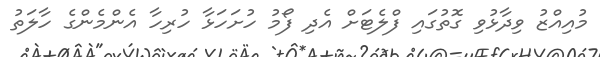
މުއިއްޒު ވިދާޅުވި ގޮތުގައި ފްލެޓަށް އެދި ފޯމު ހުށަހަޅާ ހުރިހާ އެންމެންގެ ހާލަތު